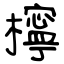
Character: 檸